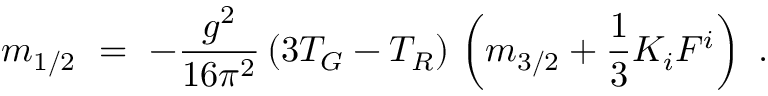
m _ { 1 / 2 } \ = \ - { \frac { g ^ { 2 } } { 1 6 \pi ^ { 2 } } } \, ( 3 T _ { G } - T _ { R } ) \, \left( m _ { 3 / 2 } + { \frac { 1 } { 3 } } K _ { i } F ^ { i } \right) ~ .